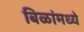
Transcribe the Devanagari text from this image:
बिळांमध्ये